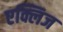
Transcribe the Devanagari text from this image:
एक्लिज